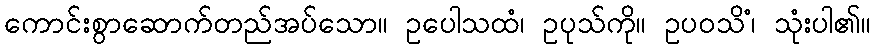
ကောင်းစွာဆောက်တည်အပ်သော။ ဥပေါသထံ၊ ဥပုသ်ကို။ ဥပဝသိံ၊ သုံးပါ၏။